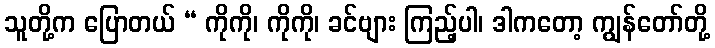
သူတို့က ပြောတယ် “ ကိုကို၊ ကိုကို၊ ခင်ဗျား ကြည့်ပါ၊ ဒါကတော့ ကျွန်တော်တို့